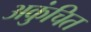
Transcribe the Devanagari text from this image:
अकुंचित